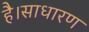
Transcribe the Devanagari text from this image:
है।साधारण